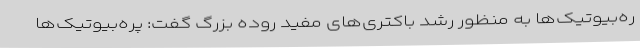
ره‌بیوتیک‌ها به منظور رشد باکتری‌های مفید روده بزرگ گفت: پره‌بیوتیک‌ها